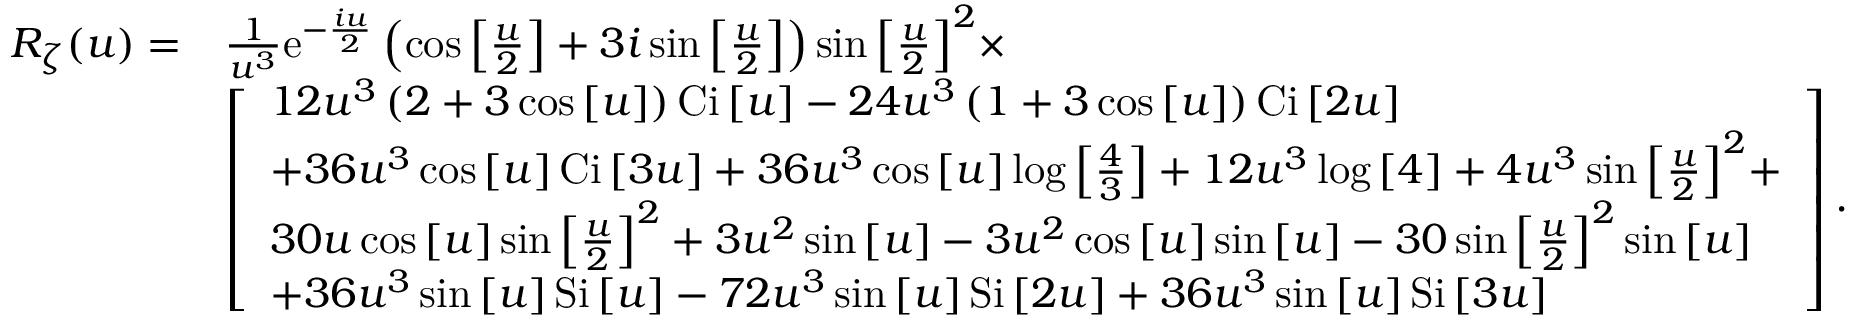
\begin{array} { r l } { { R _ { \zeta } } ( u ) = } & { \frac { 1 } { { { u ^ { 3 } } } } { \mathrm { { e } } ^ { - \frac { { i u } } { 2 } } } \left( { \cos \left[ { \frac { u } { 2 } } \right] + 3 i \sin \left[ { \frac { u } { 2 } } \right] } \right) \sin { \left[ { \frac { u } { 2 } } \right] ^ { 2 } } \times } \\ & { \left[ \begin{array} { l } { 1 2 { u ^ { 3 } } \left( { 2 + 3 \cos \left[ u \right] } \right) { \mathrm { C i } } \left[ u \right] - 2 4 { u ^ { 3 } } \left( { 1 + 3 \cos \left[ u \right] } \right) \mathrm { { C i } } \left[ { 2 u } \right] } \\ { + 3 6 { u ^ { 3 } } \cos \left[ u \right] { \mathrm { C i } } \left[ { 3 u } \right] + 3 6 { u ^ { 3 } } \cos \left[ u \right] \log \left[ { \frac { 4 } { 3 } } \right] + 1 2 { u ^ { 3 } } \log \left[ 4 \right] + 4 { u ^ { 3 } } \sin { \left[ { \frac { u } { 2 } } \right] ^ { 2 } } + } \\ { 3 0 u \cos \left[ u \right] \sin { \left[ { \frac { u } { 2 } } \right] ^ { 2 } } + 3 { u ^ { 2 } } \sin \left[ u \right] - 3 { u ^ { 2 } } \cos \left[ u \right] \sin \left[ u \right] - 3 0 \sin { \left[ { \frac { u } { 2 } } \right] ^ { 2 } } \sin \left[ u \right] } \\ { + 3 6 { u ^ { 3 } } \sin \left[ u \right] \mathrm { { S i } } \left[ u \right] - 7 2 { u ^ { 3 } } \sin \left[ u \right] { \mathrm { S i } } \left[ { 2 u } \right] + 3 6 { u ^ { 3 } } \sin \left[ u \right] \mathrm { { S i } } \left[ { 3 u } \right] } \end{array} \right] . } \end{array}